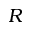
{ \cal R }